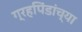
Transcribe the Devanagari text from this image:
ग्रहपिंडांच्या